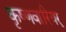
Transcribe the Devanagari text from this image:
कृष्णवारियर्